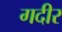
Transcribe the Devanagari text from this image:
गदीर